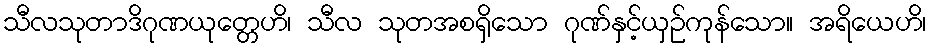
သီလသုတာဒိဂုဏယုတ္တေဟိ၊ သီလ သုတအစရှိသော ဂုဏ်နှင့်ယှဉ်ကုန်သော။ အရိယေဟိ၊